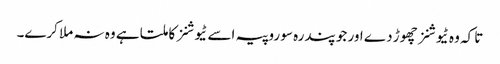
تا کہ وہ ٹیوشنز چھوڑ دے اور جو پندرہ سو روپیہ اسے ٹیوشنز کا ملتا ہے وہ نہ ملا کرے۔